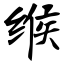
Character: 缑